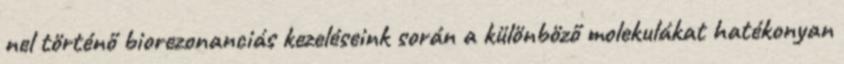
nel történő biorezonanciás kezeléseink során a különböző molekulákat hatékonyan